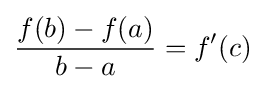
{f(b)-f(a) \over b-a}=f^{\prime }(c)